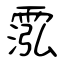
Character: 霐